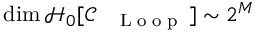
\dim \mathcal { H } _ { 0 } [ \mathcal { C } _ { \mathrm { ~ \tiny ~ \textnormal ~ { ~ L ~ o ~ o ~ p ~ } ~ } } ] \sim 2 ^ { M }